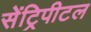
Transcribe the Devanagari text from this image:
सेंट्रिपीटल